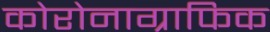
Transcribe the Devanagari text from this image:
कोरोनाग्राफिक